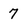
Character: 7